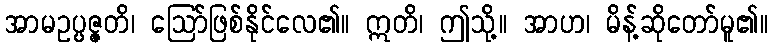
အာမဥပ္ပဇ္ဇတိ၊ ဩော်ဖြစ်နိုင်လေ၏။ ဣတိ၊ ဤသို့။ အာဟ၊ မိန့်ဆိုတော်မူ၏။